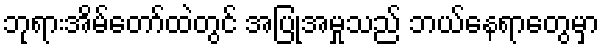
ဘုရားအိမ်တော်ထဲတွင် အပြုအမှုသည် ဘယ်နေရာတွေမှာ